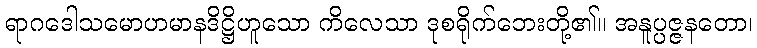
ရာဂဒေါသမောဟမာနဒိဋ္ဌိဟူသော ကိလေသာ ဒုစရိုက်ဘေးတို့၏။ အနူပ္ပဇ္ဇနတော၊